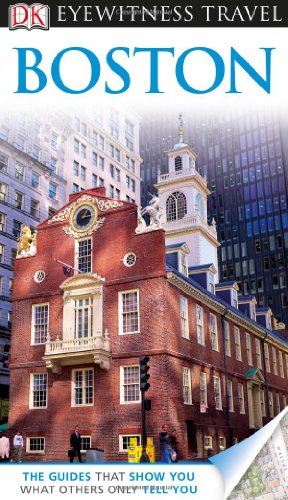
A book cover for DK Eyewitness Travel Guide: Boston; Patricia Harris; Travel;